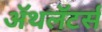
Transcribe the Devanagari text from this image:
ॲथलॅटर्स